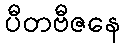
ပီတဗီဇနေ